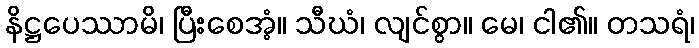
နိဋ္ဌပေဿာမိ၊ ပြီးစေအံ့။ သီဃံ၊ လျင်စွာ။ မေ၊ ငါ၏။ တသရံ၊